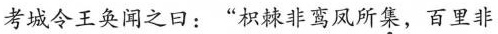
考城令王奂闻之日：”枳棘非鸾凤所集，百里非